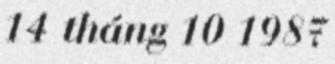
14 tháng 10 1987